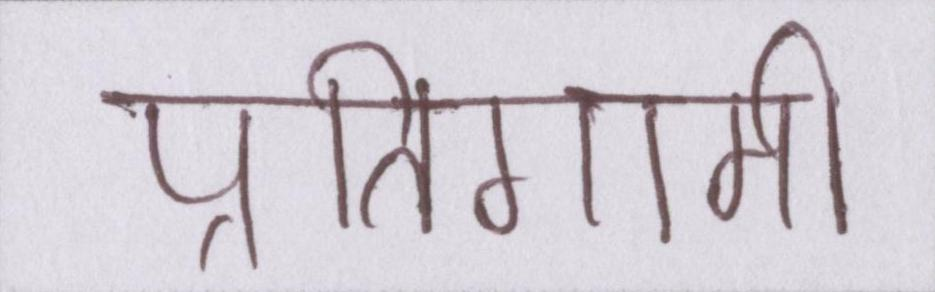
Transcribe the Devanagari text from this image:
प्रतिगामी